Plague in India, 1896, 1897 - Volume 4
Year: 1896
Disease focus: Plague
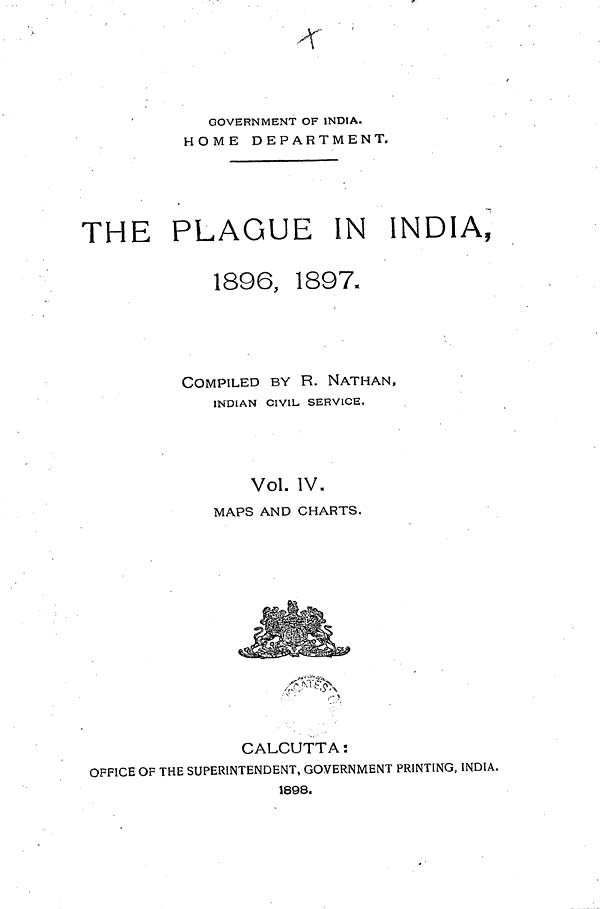
GOVERNMENT OF INDIA.
HOME DEPARTMENT.
THE PLAGUE IN INDIA,
1896, 1897.
COMPILED BY R. NATHAN,
INDIAN CIVIL- SERVICE.
Vol. IV,
MAPS AND CHARTS.
CALCUTTA:
OFFICE OF THE SUPERINTENDENT, GOVERNMENT PRINTING, INDIA.
1898.